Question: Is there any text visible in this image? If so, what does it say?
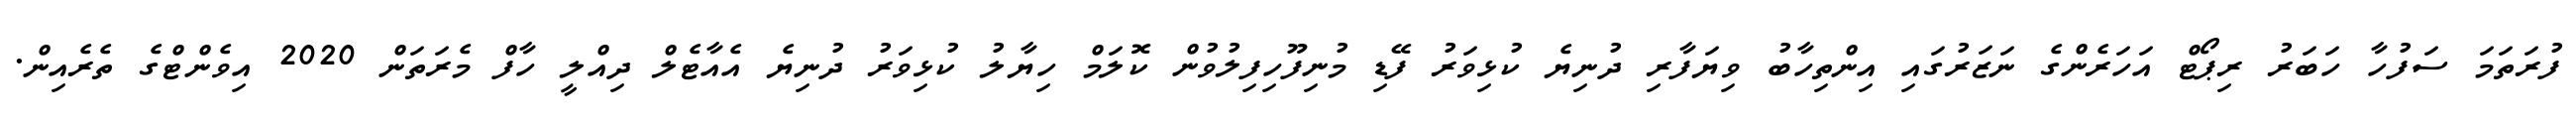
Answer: ފުރަތަމަ ސަފުހާ ހަބަރު ރިޕޯޓް އަހަރެންގެ ނަޒަރުގައި އިންތިހާބު ވިޔަފާރި ދުނިޔެ ކުޅިވަރު ފޭޑި މުނިފޫހިފިލުވުން ކޮލަމް ހިޔާލު ކުޅިވަރު ދުނިޔެ އެއާޓެލް ދިއްލީ ހާފް މެރަތަން 2020 އިވެންޓްގެ ތެރެއިން.